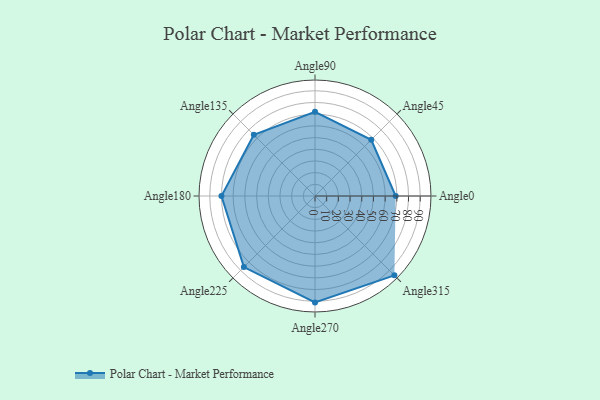
{"axis": {"x": "Angle", "y": "Radius"}, "legend": [""], "data": [{"x": "Angle0", "y": 69.0, "type": ""}, {"x": "Angle45", "y": 68.0, "type": ""}, {"x": "Angle90", "y": 72.0, "type": ""}, {"x": "Angle135", "y": 74.0, "type": ""}, {"x": "Angle180", "y": 80.0, "type": ""}, {"x": "Angle225", "y": 86.0, "type": ""}, {"x": "Angle270", "y": 91.0, "type": ""}, {"x": "Angle315", "y": 96.0, "type": ""}]}